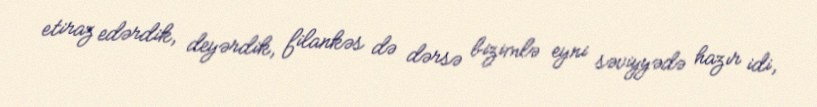
etiraz edərdik, deyərdik, filankəs də dərsə bizimlə eyni səviyyədə hazır idi,